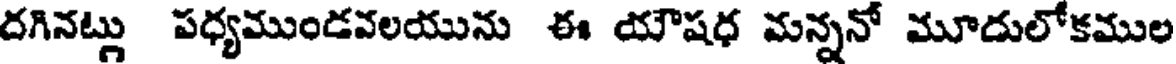
దగినట్లు పధ్యముండవలయును ఈ యౌషధ మన్ననో మూదులోకముల